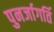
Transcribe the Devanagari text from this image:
पुनर्जागर्ति